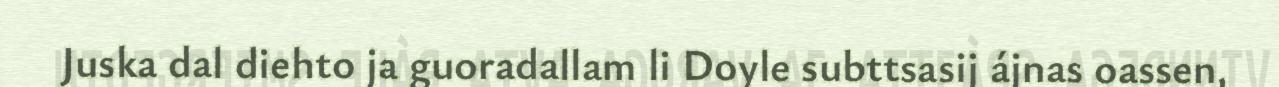
Juska dal diehto ja guoradallam li Doyle subttsasij ájnas oassen,